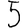
Digit: 5